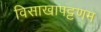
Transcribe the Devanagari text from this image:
विसाखापट्टणम